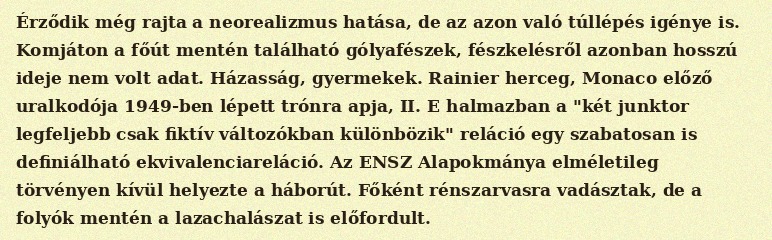
Érződik még rajta a neorealizmus hatása, de az azon való túllépés igénye is. Komjáton a főút mentén található gólyafészek, fészkelésről azonban hosszú ideje nem volt adat. Házasság, gyermekek. Rainier herceg, Monaco előző uralkodója 1949-ben lépett trónra apja, II. E halmazban a "két junktor legfeljebb csak fiktív változókban különbözik" reláció egy szabatosan is definiálható ekvivalenciareláció. Az ENSZ Alapokmánya elméletileg törvényen kívül helyezte a háborút. Főként rénszarvasra vadásztak, de a folyók mentén a lazachalászat is előfordult.